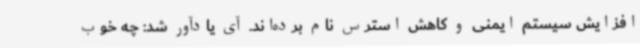
افزایش سیستم ایمنی و کاهش استرس نام برده‌اند. آی یادآور شد: چه خوب